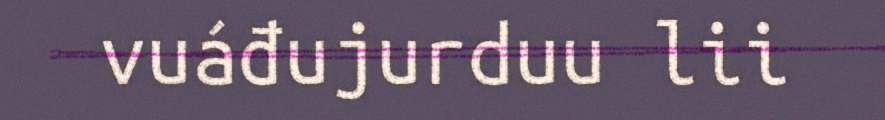
vuáđujurduu lii